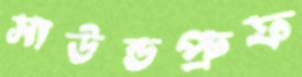
সাউন্ডপ্রুফ